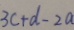
3 c + d - 2 a